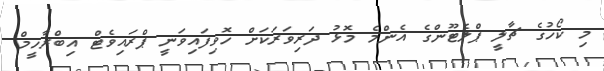
މި ކޯހުގެ ޗާލީ ޕްލެޓޫންގެ އެންމެ މޮޅު ދަރިވަރަކަށް ހޮވިފައިވަނީ ޕްރައިވެޓް އިބްރާހީމް